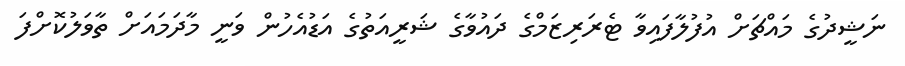
ނަޝީދުގެ މައްޗަށް އުފުލާފައިވާ ޓެރަރިޒަމްގެ ދައުވާގެ ޝަރީއަތުގެ އަޑުއެހުން ވަނީ މާދަމައަށް ތާާވަލުކޮށްފަ